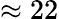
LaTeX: \approx 22